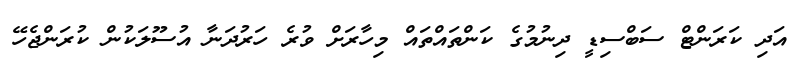
އަދި ކަރަންޓް ސަބްސިޑީ ދިނުމުގެ ކަންތައްތައް މިހާރަށް ވުރެ ހަރުދަނާ އުސޫލަކުން ކުރަންޖެހޭ